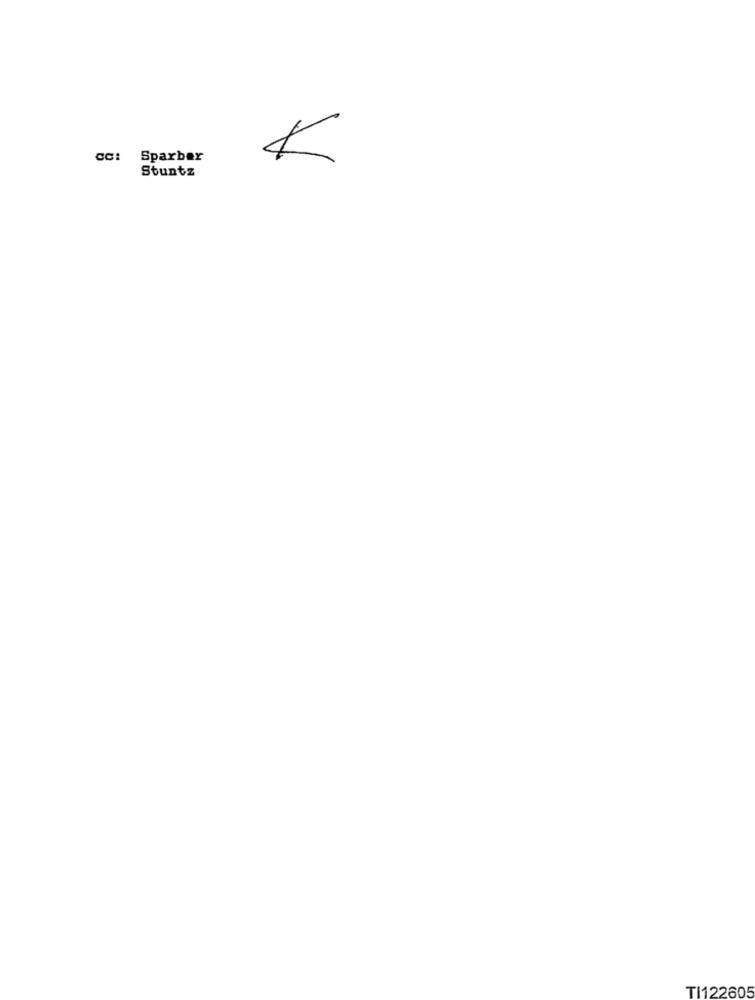
CC: Sparber
Stuntz
TI122605